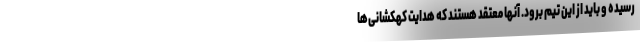
رسیده و باید از این تیم برود. آنها معتقد هستند که هدایت کهکشانی‌ها